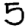
Digit: 5